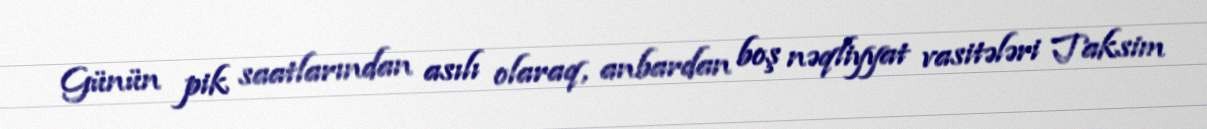
Günün pik saatlarından asılı olaraq, anbardan boş nəqliyyat vasitələri Taksim